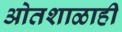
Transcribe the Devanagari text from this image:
ओतशाळाही